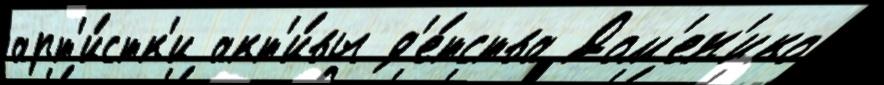
арт'и́стк'и акт'и́вы д'е́тства Дом'ен'ико